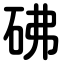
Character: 砩